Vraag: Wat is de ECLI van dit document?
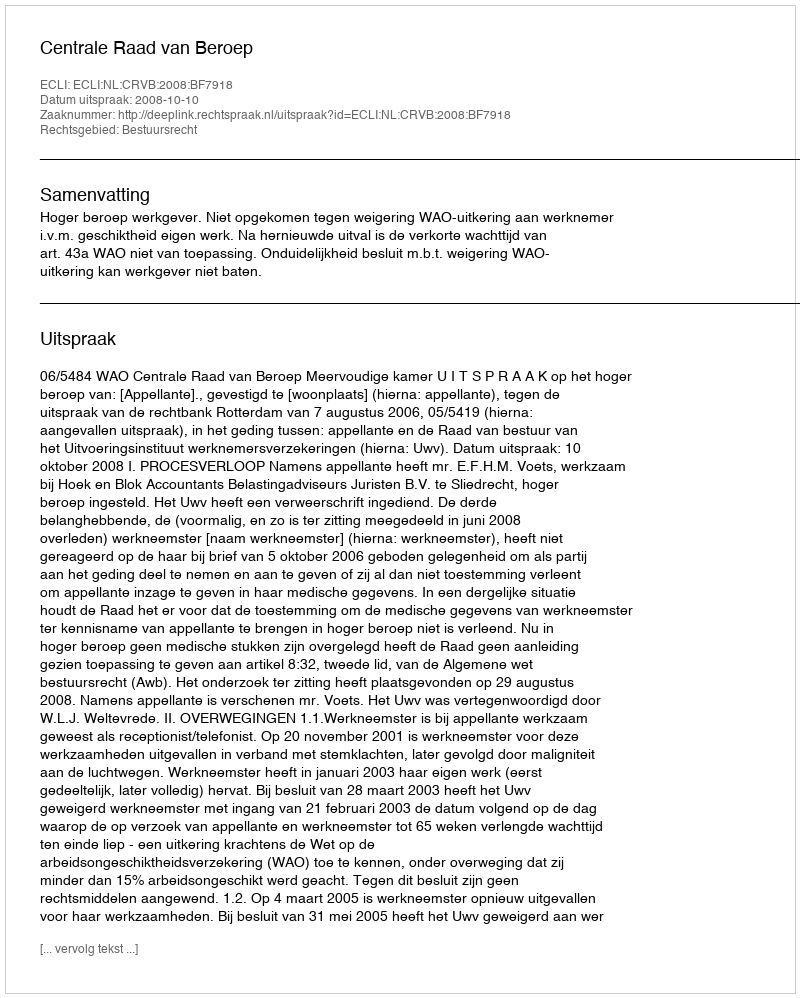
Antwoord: ECLI:NL:CRVB:2008:BF7918